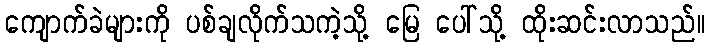
ကျောက်ခဲများကို ပစ်ချလိုက်သကဲ့သို့ မြေ ပေါ်သို့ ထိုးဆင်းလာသည်။